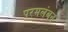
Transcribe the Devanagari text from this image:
परमलंबन